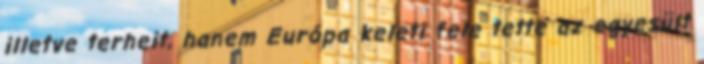
illetve terheit, hanem Európa keleti fele tette az egyesült